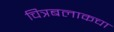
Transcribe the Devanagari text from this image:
चित्रबलाकचा